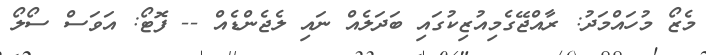
މެޒޯ މުހައްމަދު: ރާއްޖޭގެމިއުޒިކުގައި ބަދަލެއް ނައި ލެޖެންޑެއް -- ފޮޓޯ: އަވަސް ސޯލޯ